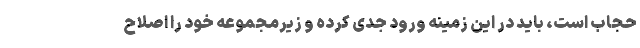
حجاب است، باید در این زمینه ورود جدی کرده و زیرمجموعه خود را اصلاح